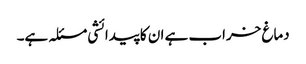
دماغ خراب ہے ان کا پیدائشی مسئلہ ہے۔